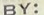
BY: